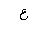
Letter: _ayn